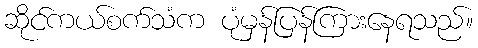
ဆိုင်ကယ်စက်သံက ပုံမှန်ပြန်ကြားနေရသည်။